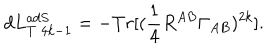
d L _ { T \; 4 k - 1 } ^ { a d S } = - T r [ ( \frac { 1 } { 4 } R ^ { A B } \Gamma _ { A B } ) ^ { 2 k } ] .